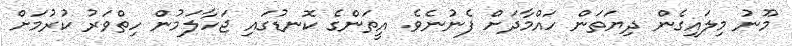
މޫނު މިލައިގެން ދިޔަތަން ހައްމާދަށް ފެނުނެވެ. އީތަންގެ ކޮނޑުގައި ޖަހާލަމުން ހިތްވަރު ކުރުމަށް